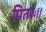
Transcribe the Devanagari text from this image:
पितरः।।